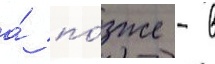
а́ по́зже - в